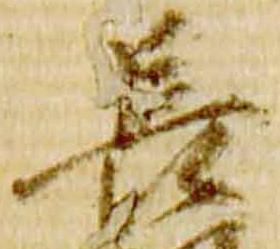
長